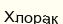
Хлорак